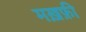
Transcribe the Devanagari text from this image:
मख़फ़ी